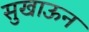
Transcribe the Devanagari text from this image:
सुखाऊन